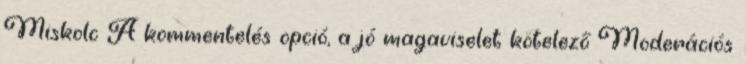
Miskolc A kommentelés opció, a jó magaviselet kötelező Moderációs